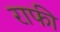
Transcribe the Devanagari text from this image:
राफी